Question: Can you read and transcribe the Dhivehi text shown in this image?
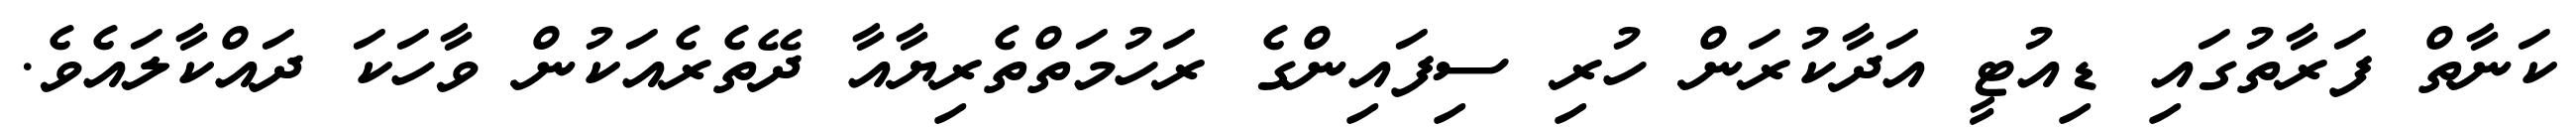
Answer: ކަނާތް ފަރާތުގައި ޑިއުޓީ އަދާކުރަން ހުރި ސިފައިންގެ ރަހުމަތްތެރިޔާއާ ދޭތެރެއަކުން ވާހަކަ ދައްކާލައެވެ.